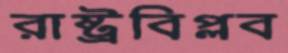
রাষ্ট্রবিপ্লব